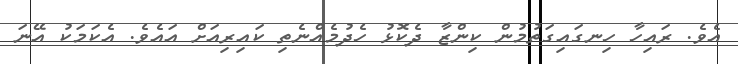
އެވެ. ރައިހާ ހިނގައިގަތުމުން ކިންޒާ ދެކޮޅު ހެދުމެއްނެތި ކައިރިއަށް އައެވެ. އެކަމަކު އޭނަ